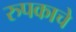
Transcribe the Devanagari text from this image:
रुपकाचे